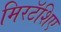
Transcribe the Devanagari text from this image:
मिरटॅशिए